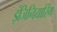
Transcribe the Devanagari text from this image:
इंजिनियारिंग